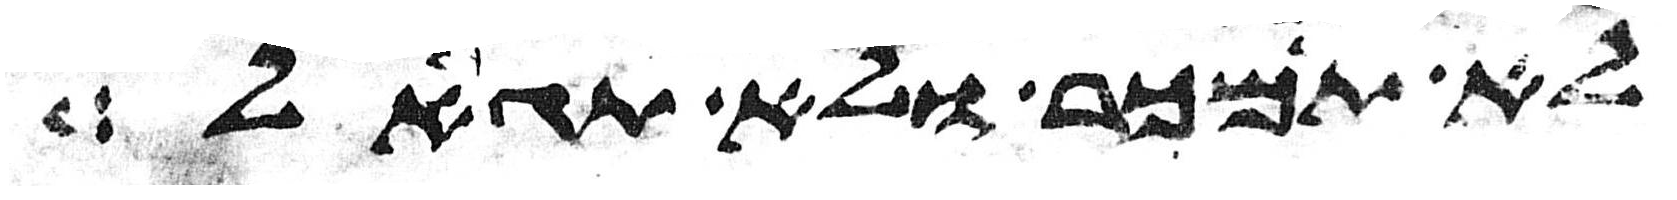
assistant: לא ימכר ולא יגאל